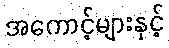
အကောင့်များနှင့်